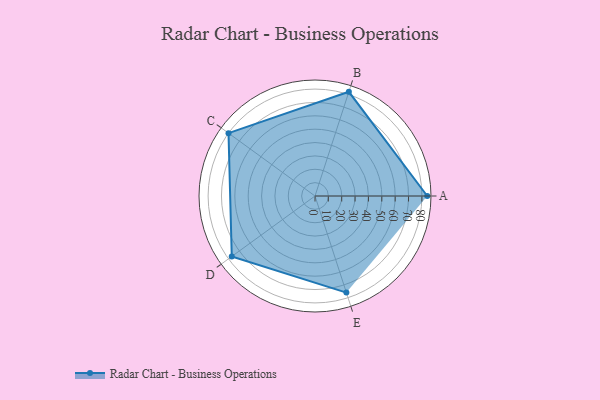
{"axis": {"x": "Skill", "y": "Score"}, "legend": ["Profile"], "data": [{"x": "A", "y": 84.0, "type": "Profile"}, {"x": "B", "y": 82.0, "type": "Profile"}, {"x": "C", "y": 80.0, "type": "Profile"}, {"x": "D", "y": 77.0, "type": "Profile"}, {"x": "E", "y": 76.0, "type": "Profile"}]}